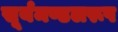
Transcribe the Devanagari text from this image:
सूर्यमण्डलरूप